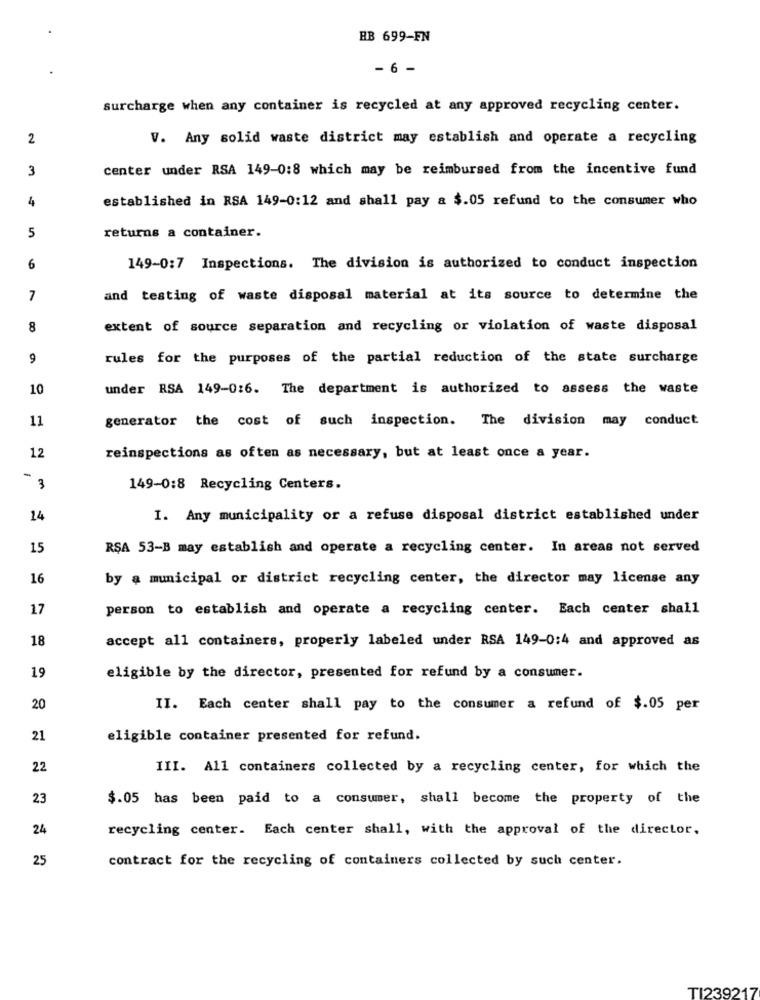
RB 699-FN
- 6 -
surcharge when any container is recycled at any approved recycling center.
2
V. Any solid waste district may establish and operate a recycling
3
center under RSA 149-0:8 which may be reimbursed from the incentive fund
4
established in RSA 149-0:12 and shall pay a $.05 refund to the consumer who
5
returns a container.
6
149-0:7 Inspections. The division is authorized to conduct inspection
7
and testing of waste disposal material at its source to determine the
8
extent of source separation and recycling or violation of waste disposal
9
rules for the purposes of the partial reduction of the state surcharge
10
under RSA 149-0:6. The department is authorized to assess the waste
11
generator the cost of such inspection. The division may conduct
12
reinspections as often as necessary, but at least once a year.
-
3
149-0:8 Recycling Centers.
14
I. Any municipality or a refuse disposal district established under
15
RSA 53-B may establish and operate a recycling center. In areas not served
16
by a municipal or district recycling center, the director may license any
17
person to establish and operate a recycling center. Each center shall
18
accept all containers, properly labeled under RSA 149-0:4 and approved as
19
eligible by the director, presented for refund by a consumer.
20
II. Each center shall pay to the consumer a refund of $.05 per
21
eligible container presented for refund.
22
III. All containers collected by a recycling center, for which the
23
$.05 has been paid to a consumer, shall become the property of the
24
recycling center. Each center shall, with the approval of the director.
25
contract for the recycling of containers collected by such center.
TI239217